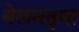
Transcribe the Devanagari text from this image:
बेलननुमा